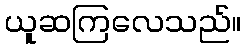
ယူဆကြလေသည်။